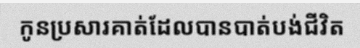
កូនប្រសារគាត់ដែលបានបាត់បង់ជីវិត